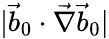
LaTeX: |\vec{b}_{0}\cdot\vec{\nabla}\vec{b}_{0}|